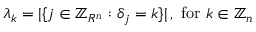
\lambda _ { k } = | \{ j \in \mathbb { Z } _ { R ^ { n } } : \delta _ { j } = k \} | \, , { \mathrm { ~ f o r ~ } } k \in \mathbb { Z } _ { n }